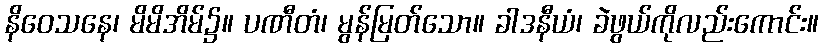
နိဝေသနေ၊ မိမိအိမ်၌။ ပဏီတံ၊ မွန်မြတ်သော။ ခါဒနီယံ၊ ခဲဖွယ်ကိုလည်းကောင်း။